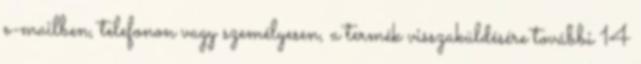
e-mailben, telefonon vagy személyesen, a termék visszaküldésére további 14